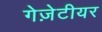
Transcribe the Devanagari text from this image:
गेज़ेटीयर